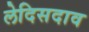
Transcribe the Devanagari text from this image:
लेदिसदाव